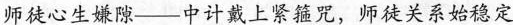
师徒心生嫌隙——中计戴上紧箍咒，师徒关系始稳定